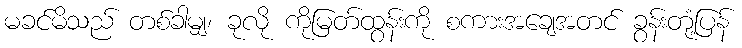
မခင်မိသည် တစ်ခါမျှ၊ ခုလို ကိုမြတ်ထွန်းကို စကားအချေအတင် ခွန်းတုံ့ပြန်